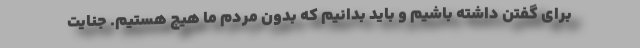
برای گفتن داشته باشیم و باید بدانیم که بدون مردم ما هیچ هستیم. جنایت